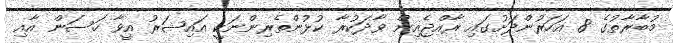
މުބާރާތުގެ 8 އަހަރުންދަށުގައި ރާއްޖެއިން ވާދަކުރާ ކުޅުންތެރިންނަކީ އައިޝަރު އީވާ ހަސަން އާއި